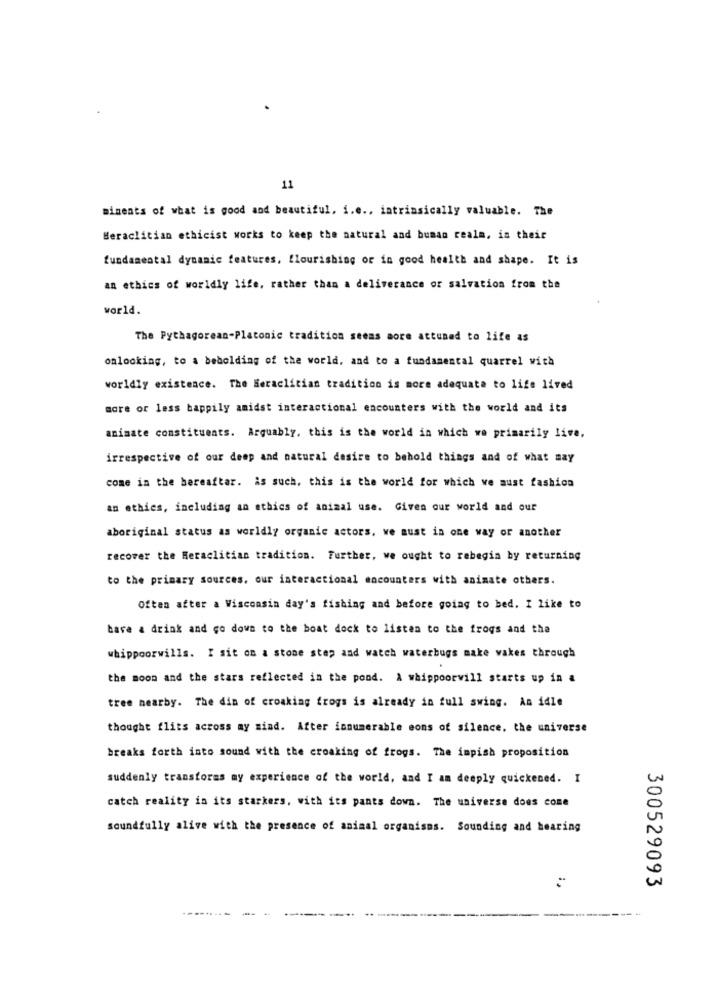
11
minents of what is good and beautiful, i.e ., intrinsically valuable. The
Beraclitian ethicist works to keep the natural and buman realm, in their
fundamental dynamic features, flourishing or in good health and shape. It is
an ethics of worldly life, rather than a deliverance or salvation from the
world.
The Pythagorean-Platonic tradition seems aore attuned to life as
onlooking, to a beholding of the world, and to a fundamental quarrel with
worldly existence. The Beraclitian tradition is more adequate to life lived
more or less happily amidst interactional encounters with the world and its
animate constituents. Arguably, this is the world in which we primarily live.
irrespective of our deep and natural desire to behold things and of what may
come in the hereaftar. is such, this is the world for which we must fashion
an ethics, including an ethics of animal use. Given our world and our
aboriginal status as worldly organic actors. we must in one way or another
recover the Heraclitian tradition. Further, we ought to rebegin by returning
to the primary sources. our interactional encounters with animate others.
Often after a Wisconsin day's fishing and before going to bed. I like to
bare a drink and go down to the boat dock to listen to the frogs and the
whippoorwills. I sit on a stone step and watch waterbugs make vakes through
the moon and the stars reflected in the pond. A whippoorwill starts up in a
tree nearby. The din of croaking frogs is already in full swing. An idle
thought flits across my mind. After innumerable eons of silence. the universe
breaks forth into sound with the croaking of frogs. The impish proposition
suddenly transforms my experience of the world, and I am deeply quickened. I
catch reality in its starkers. with its pants down. The universe does come
soundfully alive with the presence of animal organisms. Sounding and hearing
300529093